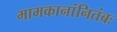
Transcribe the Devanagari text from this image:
मामकानांनितंबः